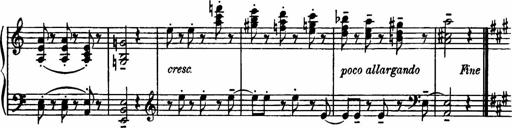
Title: Sonatilla
Composer: Mortimer Wilson
Key: C major